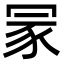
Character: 冡